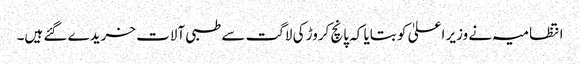
انتظامیہ نے وزیر اعلیٰ کو بتایا کہ پانچ کروڑ کی لاگت سے طبی آلات خریدے گئے ہیں۔